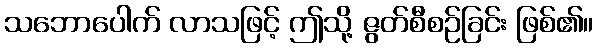
သဘောပေါက် လာသဖြင့် ဤသို့ ဇွတ်စီစဉ်ခြင်း ဖြစ်၏။